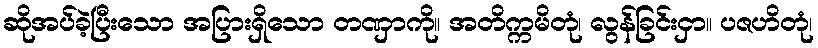
ဆိုအပ်ခဲ့ပြီးသော အပြားရှိသော တဏှာကို။ အတိက္ကမိတုံ၊ လွန်ခြင်းငှာ။ ပဇဟိတုံ၊